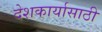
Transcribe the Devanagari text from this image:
देशकार्यासाठी